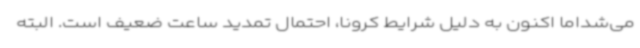
می‌شداما اکنون به دلیل شرایط کرونا، احتمال تمدید ساعت ضعیف است. البته